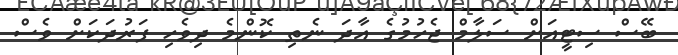
ބޭސް ސިޓީއަށް ސަލާމް ޖެހުމުގެ އާދަ ނެތި ކޮންމެ ދިވެހި ފަރުދަކަށް ވެސް